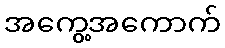
အကွေ့အကောက်